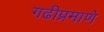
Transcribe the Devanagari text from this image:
गढीप्रमाणे